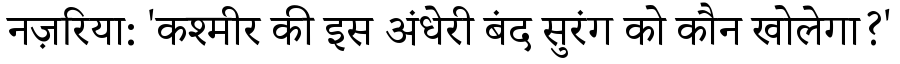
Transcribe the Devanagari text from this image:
नज़रिया: 'कश्मीर की इस अंधेरी बंद सुरंग को कौन खोलेगा?'